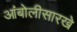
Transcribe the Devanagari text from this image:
आंबोलीसारखे